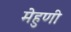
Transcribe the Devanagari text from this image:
मेहुणी